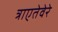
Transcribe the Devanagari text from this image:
त्राएतेवेरे